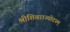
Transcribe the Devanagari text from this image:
श्रीशिवराज्योदयम्